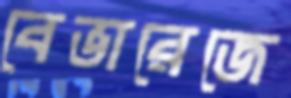
বেভারেজে